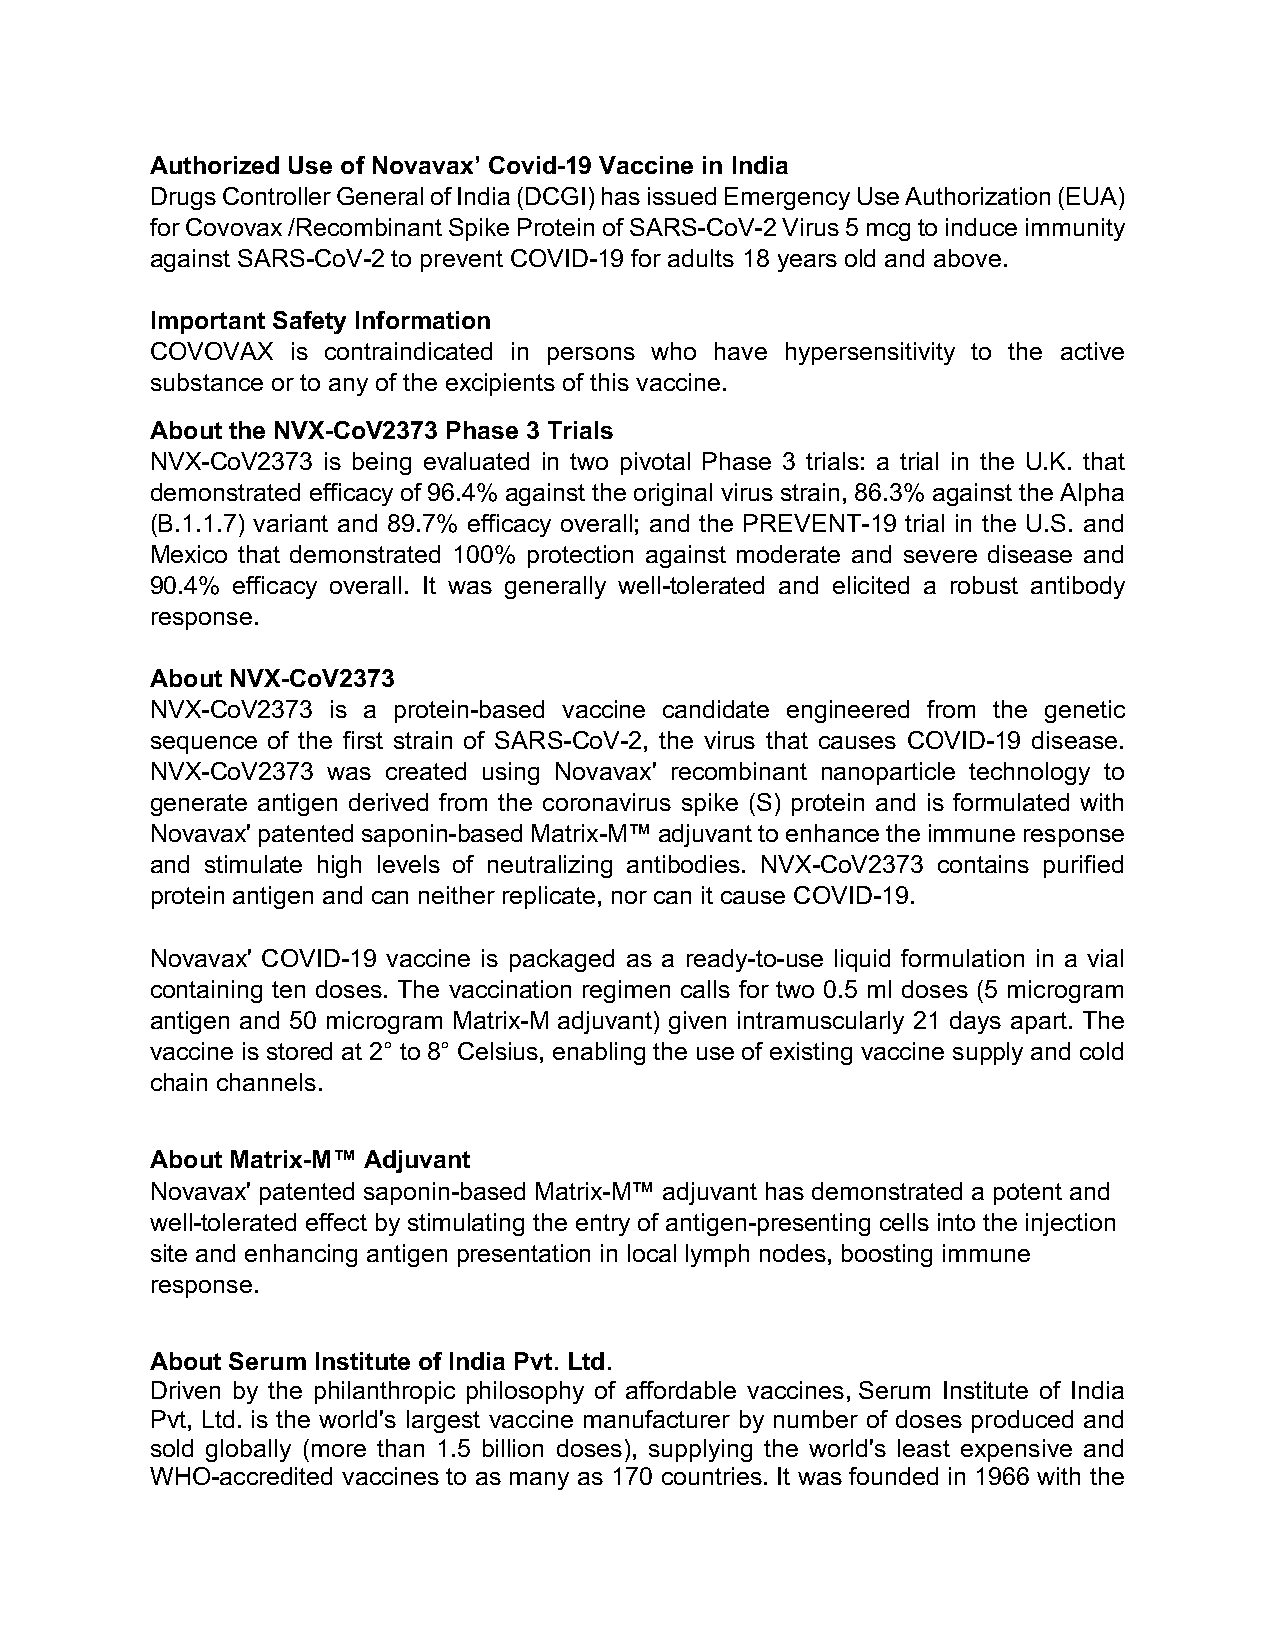
Authorized Use of Novavax’ Covid-19 Vaccine in India
 Drugs Controller General of India (DCGI) has issued Emergency Use Authorization (EUA)
 for Covovax /Recombinant Spike Protein of SARS-CoV-2 Virus 5 mcg to induce immunity
 against SARS-CoV-2 to prevent COVID-19 for adults 18 years old and above.
 Important Safety Information
 COVOVAX  is contraindicated in persons who have hypersensitivity to the active
 substance or to any of the excipients of this vaccine.
 About the NVX-CoV2373 Phase 3 Trials
 NVX-CoV2373 is being evaluated in two pivotal Phase 3 trials: a trial in the U.K. that
 demonstrated efficacy of 96.4% against the original virus strain, 86.3% against the Alpha
 (B.1.1.7) variant and 89.7% efficacy overall; and the PREVENT-19 trial in the U.S. and
 Mexico that demonstrated 100% protection against moderate and severe disease and
 90.4% efficacy overall. It was generally well-tolerated and elicited a robust antibody
 response.
 About NVX-CoV2373
 NVX-CoV2373 is a protein-based vaccine candidate engineered from the genetic
 sequence of the first strain of SARS-CoV-2, the virus that causes COVID-19 disease.
 NVX-CoV2373 was created using Novavax' recombinant nanoparticle technology to
 generate antigen derived from the coronavirus spike (S) protein and is formulated with
 Novavax' patented saponin-based Matrix-M™ adjuvant to enhance the immune response
 and stimulate high levels of neutralizing antibodies. NVX-CoV2373 contains purified
 protein antigen and can neither replicate, nor can it cause COVID-19.
 Novavax' COVID-19 vaccine is packaged as a ready-to-use liquid formulation in a vial
 containing ten doses. The vaccination regimen calls for two 0.5 ml doses (5 microgram
 antigen and 50 microgram Matrix-M adjuvant) given intramuscularly 21 days apart. The
 vaccine is stored at 2° to 8° Celsius, enabling the use of existing vaccine supply and cold
 chain channels.
 About Matrix-M™ Adjuvant
 Novavax' patented saponin-based Matrix-M™ adjuvant has demonstrated a potent and
 well-tolerated effect by stimulating the entry of antigen-presenting cells into the injection
 site and enhancing antigen presentation in local lymph nodes, boosting immune
 response.
 About Serum Institute of India Pvt. Ltd.
 Driven by the philanthropic philosophy of affordable vaccines, Serum Institute of India
 Pvt, Ltd. is the world's largest vaccine manufacturer by number of doses produced and
 sold globally (more than 1.5 billion doses), supplying the world's least expensive and
 WHO-accredited vaccines to as many as 170 countries. It was founded in 1966 with the